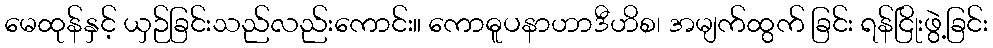
မေထုန်နှင့် ယှဉ်ခြင်းသည်လည်းကောင်း။ ကောဓူပနာဟာဒီဟိစ၊ အမျက်ထွက် ခြင်း ရန်ငြိုးဖွဲ့ခြင်း